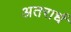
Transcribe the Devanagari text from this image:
अतरार्ध